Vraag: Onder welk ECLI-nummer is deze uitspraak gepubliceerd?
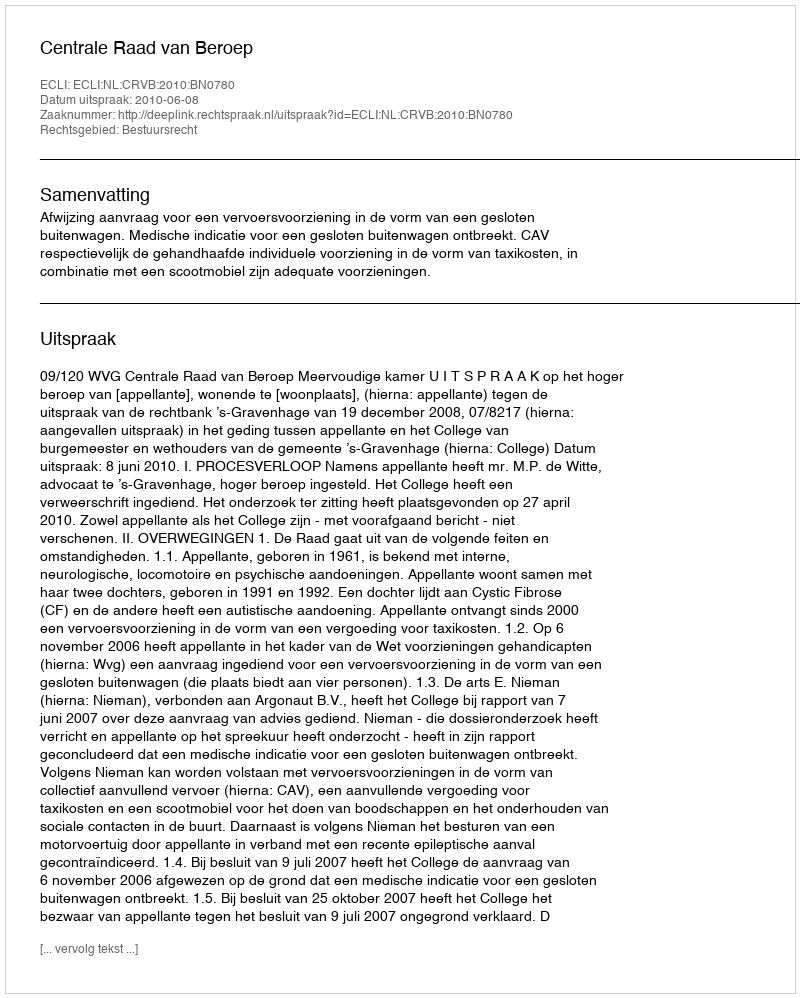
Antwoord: ECLI:NL:CRVB:2010:BN0780